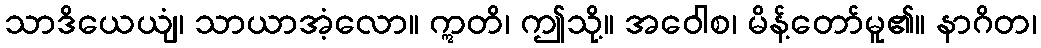
သာဒိယေယျံ၊ သာယာအံ့လော။ ဣတိ၊ ဤသို့။ အဝေါစ၊ မိန့်တော်မူ၏။ နာဂိတ၊